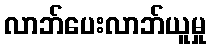
လာဘ်ပေးလာဘ်ယူမှု